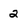
Character: 2